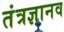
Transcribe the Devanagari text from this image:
तंत्रज्ञानव